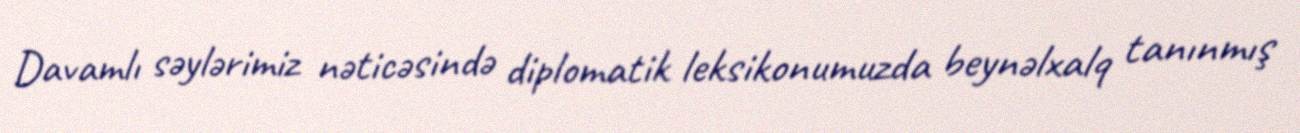
Davamlı səylərimiz nəticəsində diplomatik leksikonumuzda beynəlxalq tanınmış